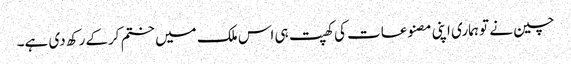
چین نے تو ہماری اپنی مصنوعات کی کھپت ہی اس ملک میں ختم کرکے رکھ دی ہے۔